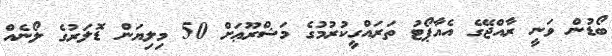
ބޯޑުން ވަނީ ރާއްޖޭގެ އެއާޕޯޓު ތަރައްގީކުރުމުގެ މަޝްރޫޢަށް 50 މިލިޔަން ޑޮލަރުގެ ލޯނެއް